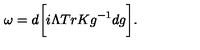
{ \omega } = d \bigg [ i { \Lambda } T r K g ^ { - 1 } d g \bigg ] .